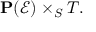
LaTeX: \mathbf { P } ( { \mathcal { E } } ) \times _ { S } T .